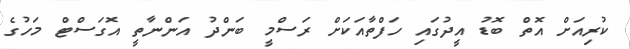
ކުރިއަށް އޮތް ބޮޑު އީދުގައި ހަފްތާއަކަށް ރަސްމީ ބަންދު އަންނާތީ އޮގަސްޓް މަހުގެ